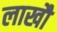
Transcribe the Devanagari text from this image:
लाखौ